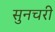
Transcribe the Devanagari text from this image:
सुनचरी